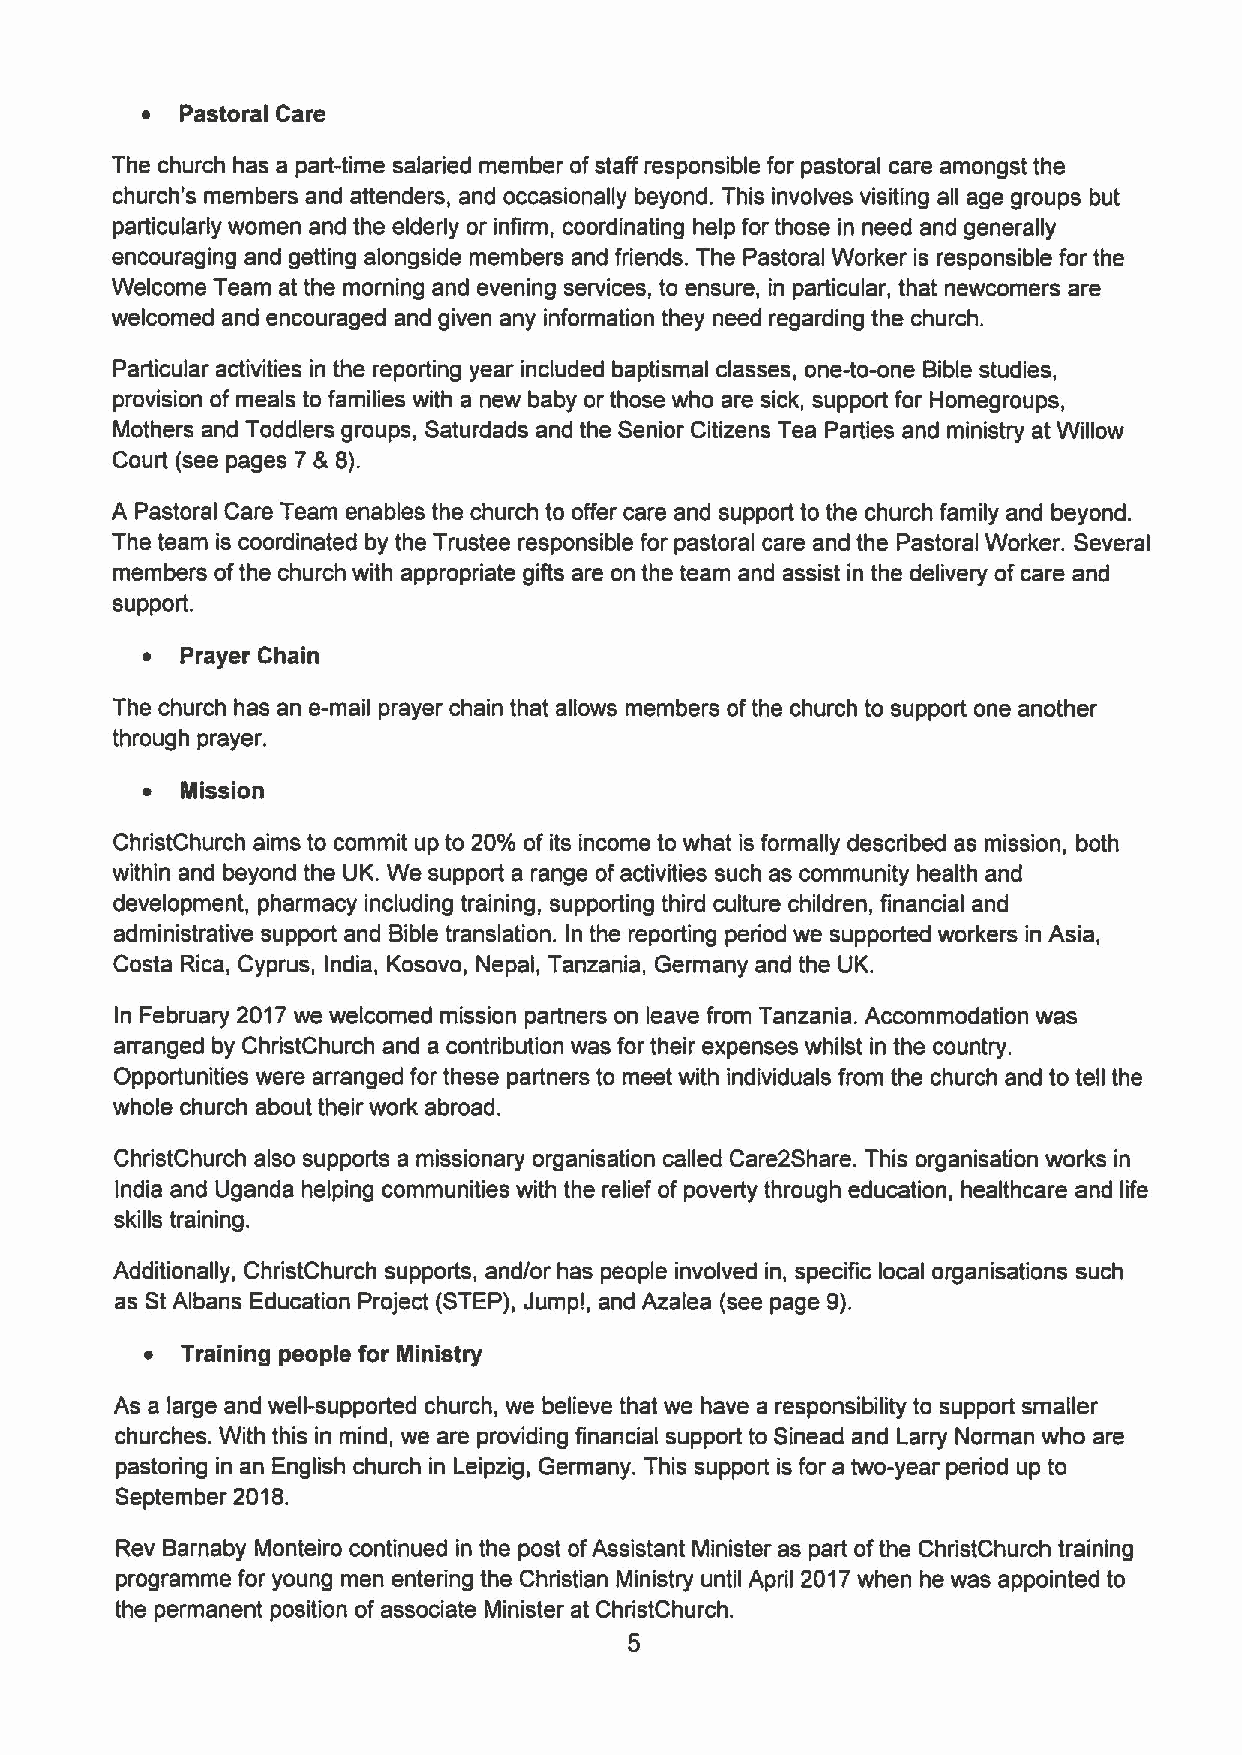
~  Pastoral Care
 The church has a part-time salaried member ofstaff responsible for pastoral care amongst the
 church's members and attenders, and occasionally beyond. This involves visiting all age groups but
 particularly women and the elderly or infirm, coordinating help for those in need and generally
 encouraging and getting alongside members and friends. The Pastoral Worker is responsible for the
 Welcome Team at the morning and evening services, to ensure, in particular, that newcomers are
 welcomed and encouraged and given any information they need regarding the church.
 Particular activities in the reporting year included baptismal classes, one-to-one Bible studies,
 provision of meals to families with a new baby or those who are sick, support for Homegroups,
 Mothers and Toddlers groups, Saturdads and the Senior Citizens Tea Parties and ministry at Willow
 Court (see pages 7 & 8).
 A Pastoral Care Team enables the church to offer care and support to the church family and beyond.
 The team is coordinated by the Trustee responsible for pastoral care and the Pastoral Worker. Several
 members ofthe church with appropriate gifts are on the team and assist in the delivery ofcare and
 support.
 ~  Prayer Chain
 The church has an e-mail prayer chain that allows members ofthe church to support one another
 through prayer.
 ~  Mission
 ChristChurch aims to commit up to 20/o of its income to what is formally described as mission, both
 within and beyond the UK. We support a range ofactivities such as community health and
 development, pharmacy including training, supporting third culture children, financial and
 administrative support and Bible translation. In the reporting period we supported workers in Asia,
 Costa Rica, Cyprus, India, Kosovo, Nepal, Tanzania, Germany and the UK.
 In February 2017we welcomed mission partners on leave from Tanzania. Accommodation was
 arranged by ChristChurch and a contribution was for their expenses whilst in the country.
 Opportunities were arranged for these partners to meet with individuals from the church and to tell the
 whole church about their work abroad.
 ChdistChurch also supports a missionary organisation called Care2Share. This organisation works in
 India and Uganda helping communities with the relief of poverty through education, healthcare and life
 skills training.
 Additionally, ChdistChurch supports, and/or has people involved in, specific local organisations such
 as St Albans Education Project (STEP), Jump!, and Azalea (see page 9).
 ~ Training people for Ministry
 As a large and well-supported church, we believe that we have a responsibility to support smaller
 churches. With this in mind, we are providing financial support to Sinead and Larry Norman who are
 pastoring in an English church in Leipzig, Germany. This support is for a two-year period up to
 September 2018.
 Rev Barnaby Monteiro continued in the post ofAssistant Minister as part ofthe ChristChurch training
 programme for young men entering the Christian Ministry until April 2017when he was appointed to
 the permanent position of associate Minister at ChristChurch.
 5